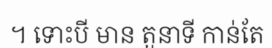
។ ទោះបី មាន តួនាទី កាន់តែ